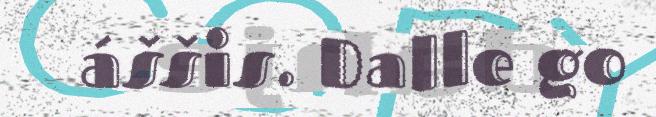
áššis. Dalle go